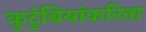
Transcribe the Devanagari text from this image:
कुटुंबियांकरिता